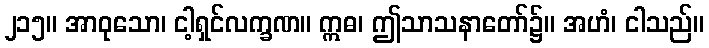
၂၁၅။ အာဝုသော၊ ငါ့ရှင်လက္ခဏ။ ဣဓ၊ ဤသာသနာတော်၌။ အဟံ၊ ငါသည်။